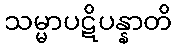
သမ္မာပဋိပန္နာတိ